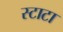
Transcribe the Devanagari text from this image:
स्टाटा